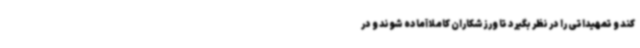
کند و تمهیداتی را در نظر بگیرد تا ورزشکاران کاملا آماده شوند و در